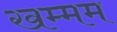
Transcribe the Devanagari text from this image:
खम्‍मम